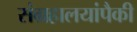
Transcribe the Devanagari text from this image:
संग्रहालयांपैकी